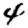
Digit: 4